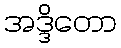
အဒ္ဒိတော